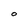
Character: O